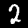
Label: 2